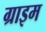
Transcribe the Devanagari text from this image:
ग्राइम